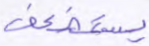
يستضعف